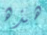
هذه